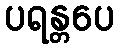
ပရန္တပေ